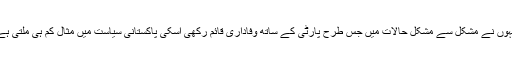
انہوں نے مشکل سے مشکل حالات میں جس طرح پارٹی کے ساتھ وفاداری قائم رکھی اسکی پاکستانی سیاست میں مثال کم ہی ملتی ہے۔